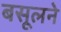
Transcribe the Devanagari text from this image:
बसूलने